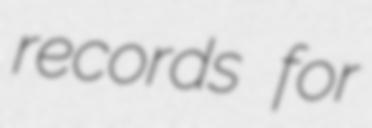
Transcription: records for